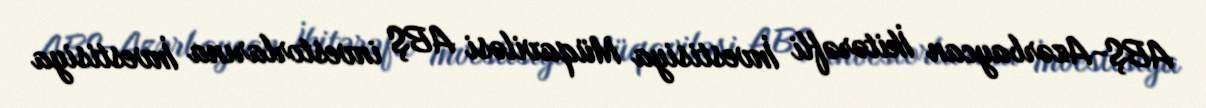
ABŞ-Azərbaycan İkitərəfli İnvestisiya Müqaviləsi ABŞ investorlarına İnvestisiya